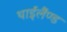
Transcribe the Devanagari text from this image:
थाईलैंण्ड